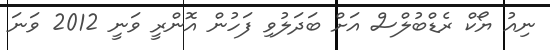
ނިއު ޔޯކް ރެޑްބުލްސް އަށް ބަދަލުވި ފަހުން އޮންރީ ވަނީ 2012 ވަނަ